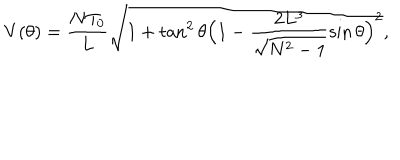
LaTeX: V ( \theta ) = \frac { N T _ { 0 } } { L } \sqrt { 1 + \tan ^ { 2 } { \theta } \Bigl ( 1 - \frac { 2 L ^ { 3 } } { \sqrt { N ^ { 2 } - 1 } } \sin { \theta } \Bigr ) ^ { 2 } } ,